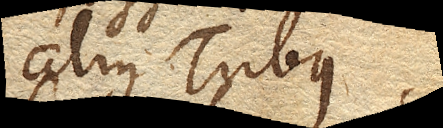
alius Tubus,